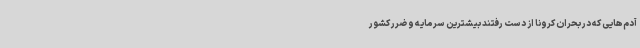
آدم‌هایی که در بحران کرونا از دست رفتند بیشترین سرمایه و ضرر کشور